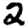
Digit: 2